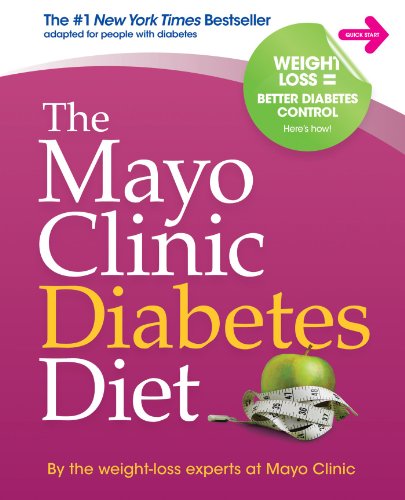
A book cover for The Mayo Clinic Diabetes Diet; the weight-loss experts at Mayo Clinic; Cookbooks, Food & Wine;